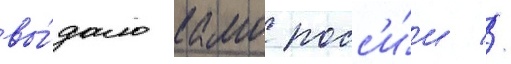
вы́дало камо росс'и́и //